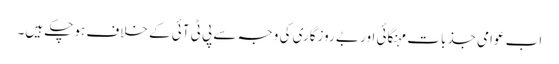
اب عوامی جذبات مہنگائی اور بے روزگاری کی وجہ سے پی ٹی آئی کے خلاف ہوچکے ہیں۔